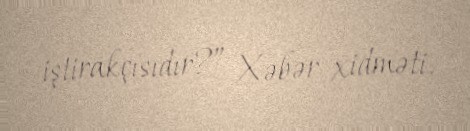
iştirakçısıdır?” Xəbər xidməti.